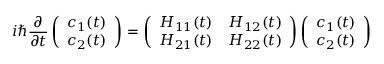
i \hbar \frac { \partial } { \partial t } \left( \begin{array} { l } { c _ { 1 } ( t ) } \\ { c _ { 2 } ( t ) } \end{array} \right) = \left( \begin{array} { l l } { H _ { 1 1 } ( t ) } & { H _ { 1 2 } ( t ) } \\ { H _ { 2 1 } ( t ) } & { H _ { 2 2 } ( t ) } \end{array} \right) \left( \begin{array} { l } { c _ { 1 } ( t ) } \\ { c _ { 2 } ( t ) } \end{array} \right)